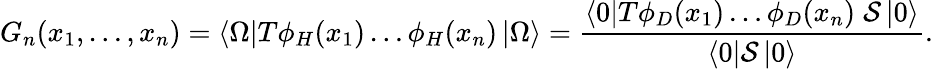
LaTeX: G_{n}(x_{1},\dots,x_{n})=\left<\Omega\right|T\phi_{H}(x_{1})\dots\phi_{H}(x_{n})\left|\Omega\right>=\frac{\left<0\right|T\phi_{D}(x_{1})\dots\phi_{D}(x_{n})\; {\cal{S}}\left|0\right>}{\left<0\right|{\cal{S}}\left|0\right>}.